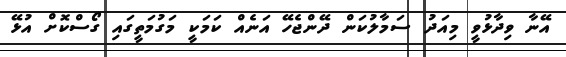
އޭނާ ވިދާޅުވީ މިއަދު ސަމާލުކަން ދޭންޖެހޭ އަނެއް ކަމަކީ މަގުމަތީގައި ގޯސްކޮށް އުޅޭ